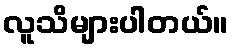
လူသိများပါတယ်။